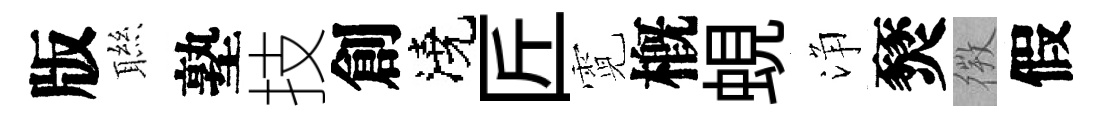
版聮塾技創澆匠霓槪蜆浄燹𢕄假